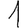
Digit: 1